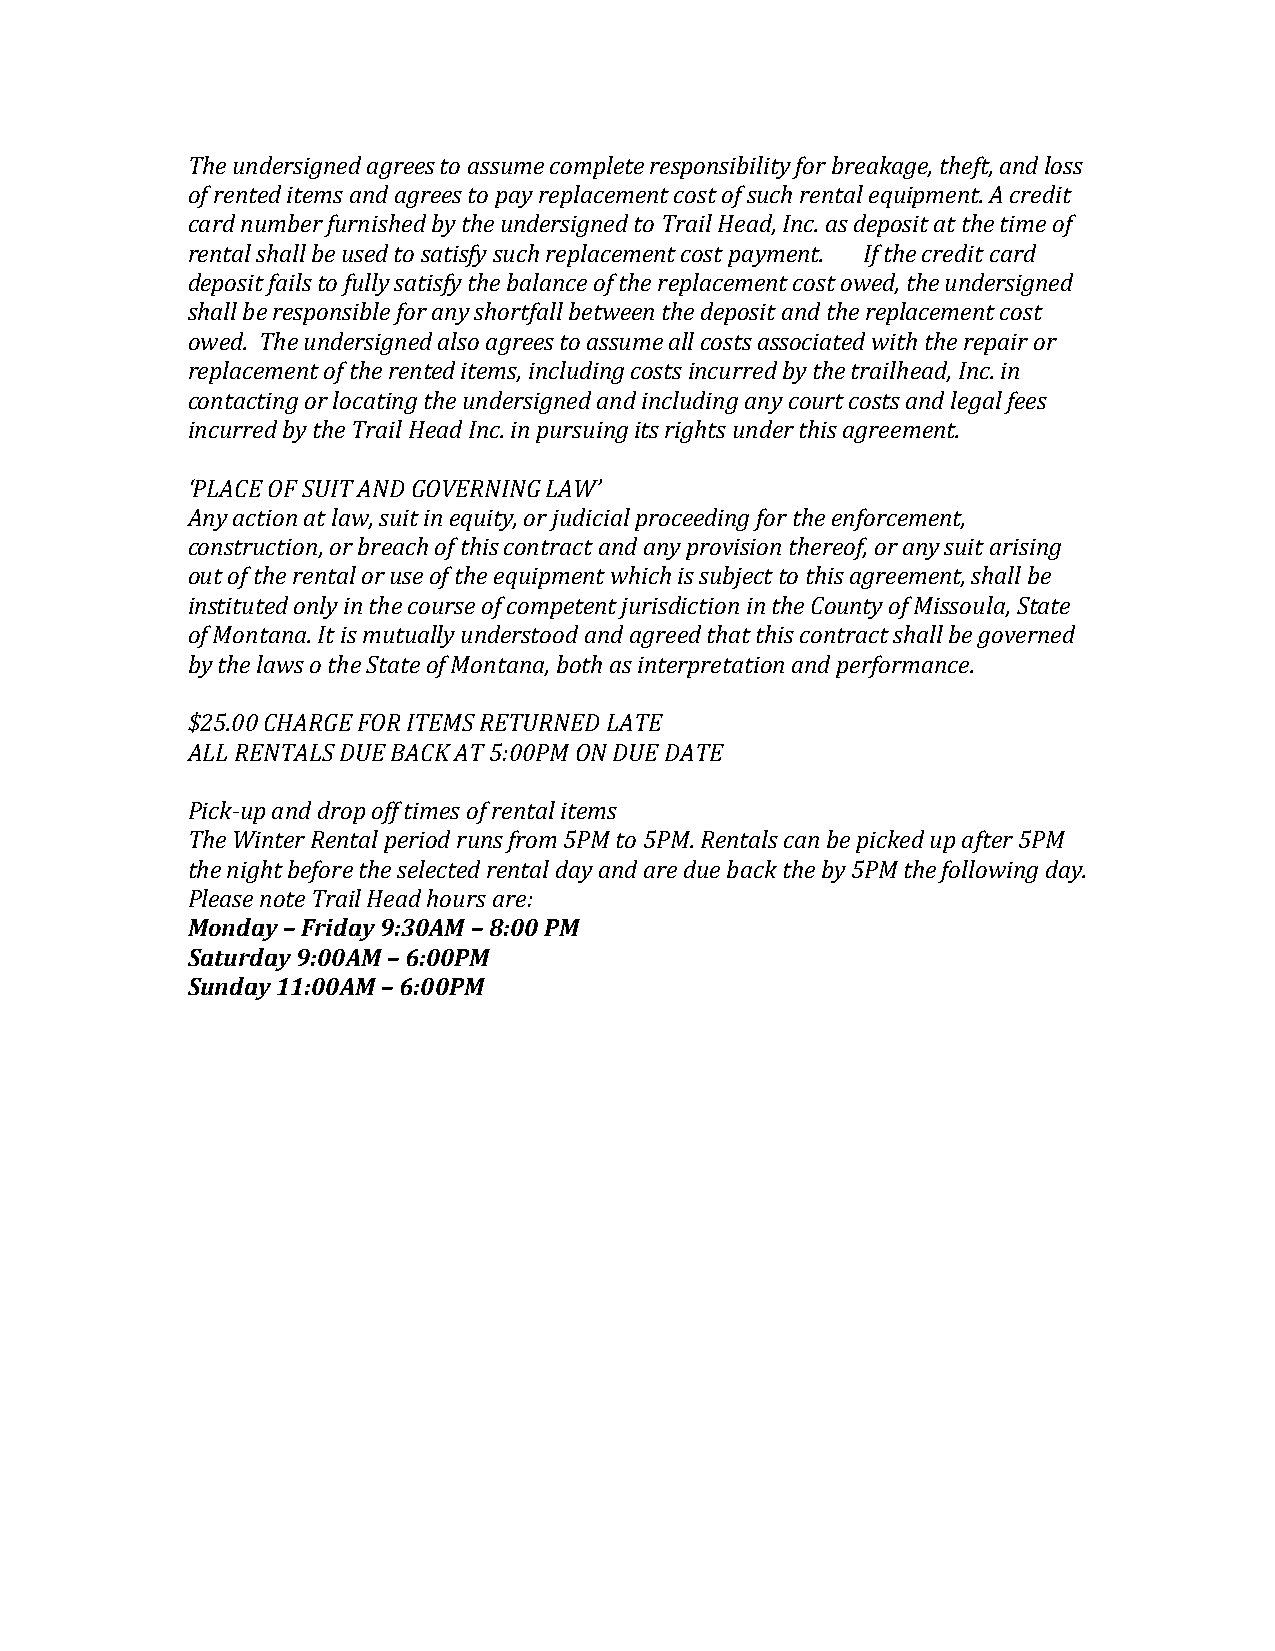
The undersigned agrees to assume complete responsibility for breakage, theft, and loss
 of rented items and agrees to pay replacement cost of such rental equipment. A credit
 card number furnished by the undersigned to Trail Head, Inc. as deposit at the time of
 rental shall be used to satisfy such replacement cost payment. If the credit card
 deposit fails to fully satisfy the balance of the replacement cost owed, the undersigned
 shall be responsible for any shortfall between the deposit and the replacement cost
 owed. The undersigned also agrees to assume all costs associated with the repair or
 replacement of the rented items, including costs incurred by the trailhead, Inc. in
 contacting or locating the undersigned and including any court costs and legal fees
 incurred by the Trail Head Inc. in pursuing its rights under this agreement.
 ‘PLACE OF SUIT AND GOVERNING LAW’
 Any action at law, suit in equity, or judicial proceeding for the enforcement,
 construction, or breach of this contract and any provision thereof, or any suit arising
 out of the rental or use of the equipment which is subject to this agreement, shall be
 instituted only in the course of competent jurisdiction in the County of Missoula, State
 of Montana. It is mutually understood and agreed that this contract shall be governed
 by the laws o the State of Montana, both as interpretation and performance.
 $25.00 CHARGE FOR ITEMS RETURNED LATE
 ALL RENTALS DUE BACK AT 5:00PM ON DUE DATE
 Pick-up and drop off times of rental items
 The Winter Rental period runs from 5PM to 5PM. Rentals can be picked up after 5PM
 the night before the selected rental day and are due back the by 5PM the following day.
 Please note Trail Head hours are:
 Monday – Friday 9:30AM – 8:00 PM
 Saturday 9:00AM – 6:00PM
 Sunday 11:00AM – 6:00PM